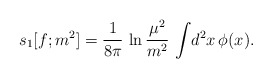
\begin{align*}s_{1}[f;m^{2}]={1\over 8\pi}\,\ln {\mu^{2}\over m^{2}}\,\int\! d^{2}x\,\phi(x).\end{align*}